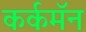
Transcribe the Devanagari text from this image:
कर्कमॅन